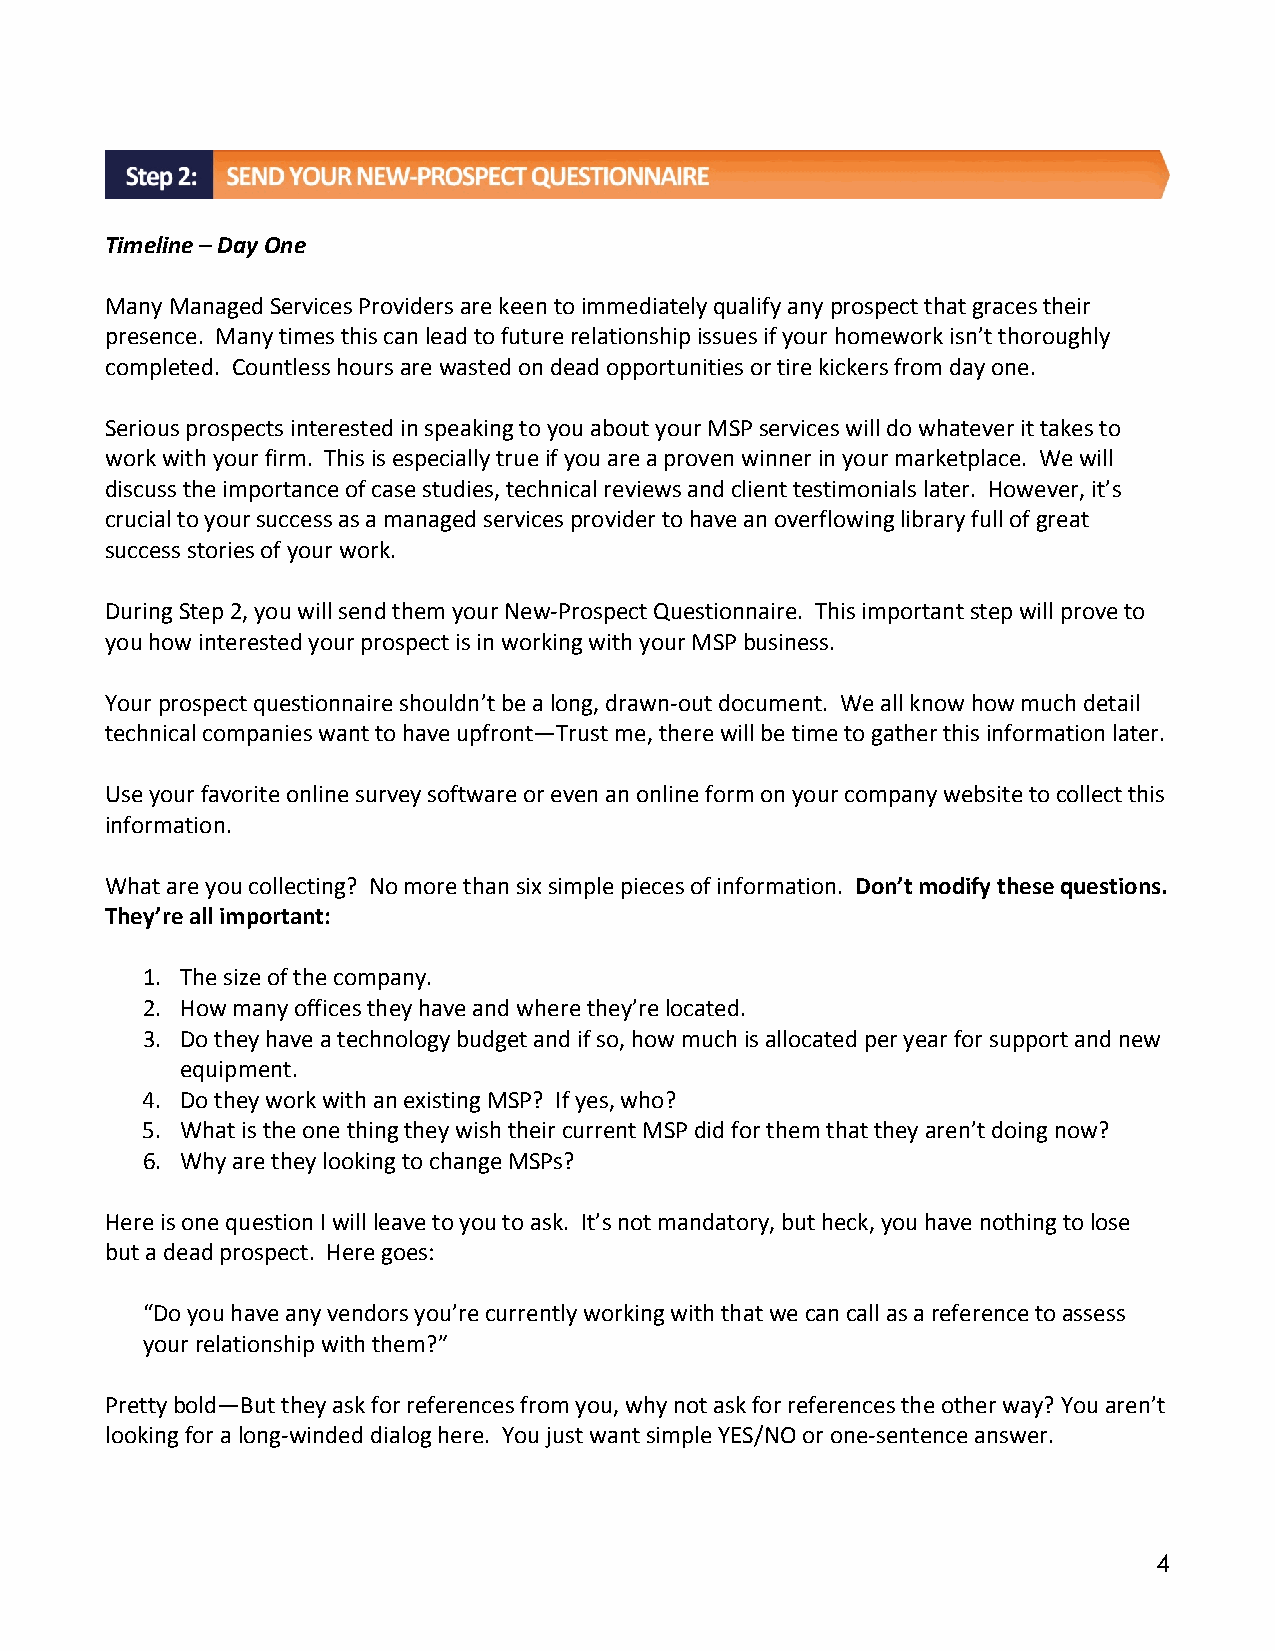
Timeline – Day One
 Many Managed Services Providers are keen to immediately qualify any prospect that graces their
 presence. Many times this can lead to future relationship issues if your homework isn’t thoroughly
 completed. Countless hours are wasted on dead opportunities or tire kickers from day one.
 Serious prospects interested in speaking to you about your MSP services will do whatever it takes to
 work with your firm. This is especially true if you are a proven winner in your marketplace. We will
 discuss the importance of case studies, technical reviews and client testimonials later. However, it’s
 crucial to your success as a managed services provider to have an overflowing library full of great
 success stories of your work.
 During Step 2, you will send them your New‐Prospect Questionnaire. This important step will prove to
 you how interested your prospect is in working with your MSP business.
 Your prospect questionnaire shouldn’t be a long, drawn‐out document. We all know how much detail
 technical companies want to have upfront—Trust me, there will be time to gather this information later.
 Use your favorite online survey software or even an online form on your company website to collect this
 information.
 What are you collecting? No more than six simple pieces of information. Don’t modify these questions.
 They’re all important:
 1. The size of the company.
 2. How many offices they have and where they’re located.
 3. Do they have a technology budget and if so, how much is allocated per year for support and new
 equipment.
 4. Do they work with an existing MSP? If yes, who?
 5. What is the one thing they wish their current MSP did for them that they aren’t doing now?
 6. Why are they looking to change MSPs?
 Here is one question I will leave to you to ask. It’s not mandatory, but heck, you have nothing to lose
 but a dead prospect. Here goes:
 “Do you have any vendors you’re currently working with that we can call as a reference to assess
 your relationship with them?”
 Pretty bold—But they ask for references from you, why not ask for references the other way? You aren’t
 looking for a long‐winded dialog here. You just want simple YES/NO or one‐sentence answer.
 4